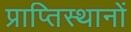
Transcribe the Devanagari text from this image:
प्राप्तिस्थानों